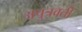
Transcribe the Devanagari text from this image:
अपुत्रवती